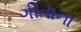
ગીતાના